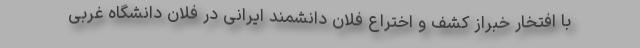
با افتخار خبراز کشف و اختراع فلان دانشمند ایرانی در فلان دانشگاه غربی